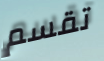
تقسم